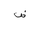
Letter: _dad